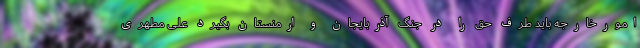
امورخارجه باید طرف حق را در جنگ آذربایجان و ارمنستان بگیرد علی مطهری